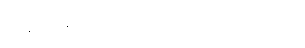
အချည်းနှီးသောအရာများကို ပြသောဂါထာ။